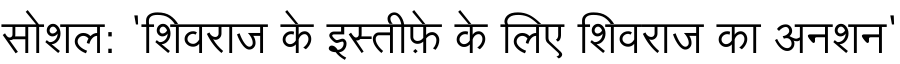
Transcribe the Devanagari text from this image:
सोशल: 'शिवराज के इस्तीफ़े के लिए शिवराज का अनशन'